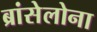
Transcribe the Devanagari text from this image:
ब्रांसेलोना